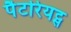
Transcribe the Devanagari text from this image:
पैटरियट्स